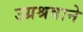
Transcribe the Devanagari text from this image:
उग्रश्रवाने